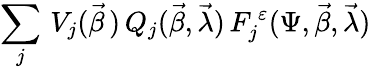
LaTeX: \sum_{j}\, V_{j}(\vec{\beta}\, )\, Q_{j}(\vec{\beta},\vec{\lambda})\, F_{j}^{\, \varepsilon}(\Psi,\vec{\beta},\vec{\lambda})